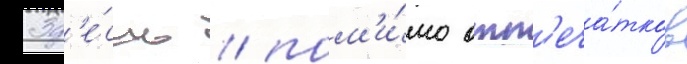
Зд'е́сь / пом'и́мо отп'еча́тков